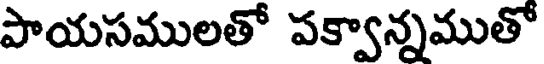
పాయసములతో పక్వాన్నముతో